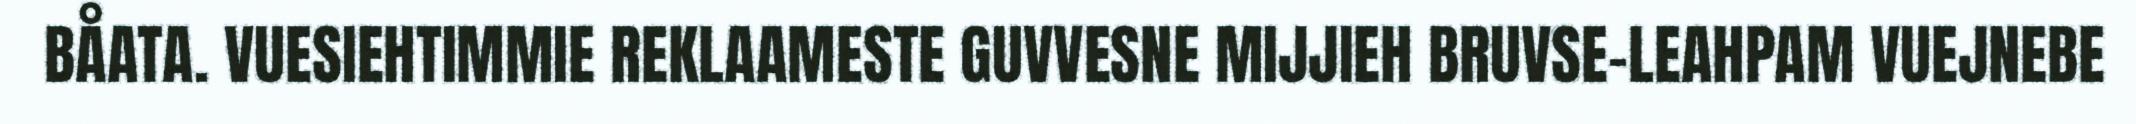
BÅATA. VUESIEHTIMMIE REKLAAMESTE GUVVESNE MIJJIEH BRUVSE-LEAHPAM VUEJNEBE